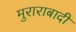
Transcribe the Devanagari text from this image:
मुराराबादी